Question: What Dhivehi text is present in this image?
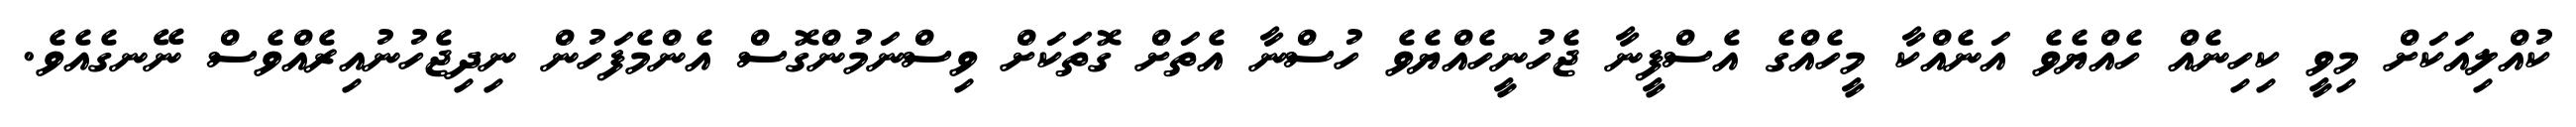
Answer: ކުއްލިއަކަށް މިވީ ކިހިނެއް ހެއްޔެވެ އަނެއްކާ މީހެއްގެ އެސްފީނާ ޖެހުނީހެއްޔެވެ ހުސްނާ އެތަށް ގޮތަކަށް ވިސްނަމުންގޮސް އެންމެފަހުން ނިދިޖެހުނުއިރެއްވެސް ނޭނގެއެވެ.